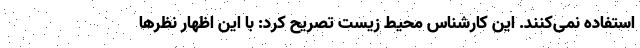
استفاده نمی‌کنند. این کارشناس محیط زیست تصریح کرد: با این اظهار نظر‌ها